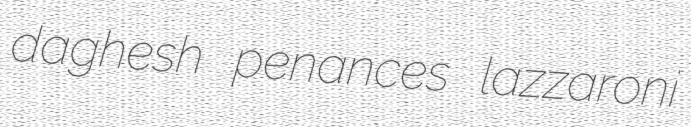
daghesh penances lazzaroni